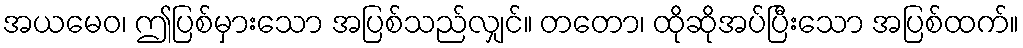
အယမေဝ၊ ဤပြစ်မှားသော အပြစ်သည်လျှင်။ တတော၊ ထိုဆိုအပ်ပြီးသော အပြစ်ထက်။